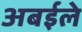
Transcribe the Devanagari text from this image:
अबईले